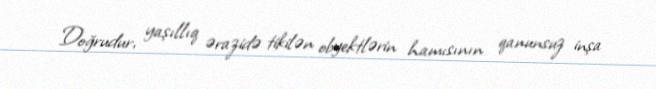
Doğrudur, yaşıllıq ərazidə tikilən obyektlərin hamısının qanunsuz inşa